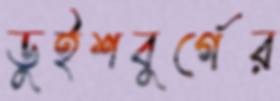
ডুইশবুর্গের